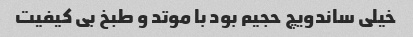
خیلی ساندویچ حجیم بود با موتد و طبخ بی کیفیت